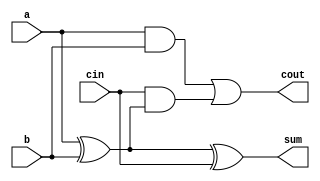
module Full_Adder_Data(
 input a,
 input b,
 input cin,
 output sum,
 output cout
 );
 assign sum = a^b^cin;
 assign cout = (a&b)| (cin&(a^b));
endmodule